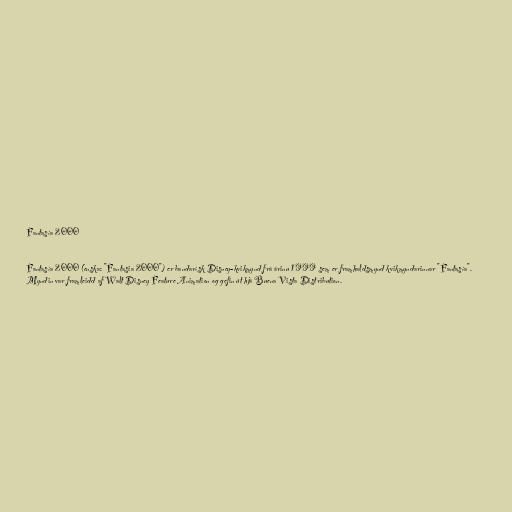
Fantasía 2000

Fantasía 2000 (enska: "Fantasia 2000") er bandarísk Disney-kvikmynd frá árinu 1999 sem er framhaldsmynd kvikmyndarinnar "Fantasía".
Myndin var framleidd af Walt Disney Feature Animation og gefin út hjá Buena Vista Distribution.